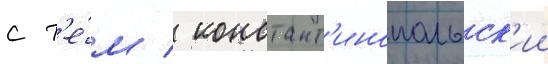
с т'е́м / констант'инопольск'ии